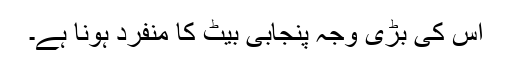
اس کی بڑی وجہ پنجابی بیٹ کا منفرد ہونا ہے۔